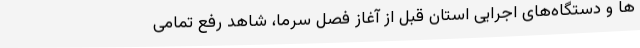
ها و دستگاه‌های اجرایی استان قبل از آغاز فصل سرما، شاهد رفع تمامی